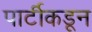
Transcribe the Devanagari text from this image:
पार्टीकडून